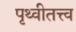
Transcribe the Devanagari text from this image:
पृथ्वीतत्त्व